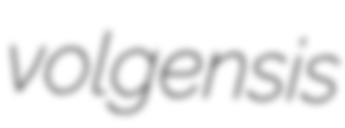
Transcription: volgensis